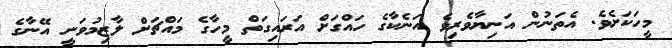
މީހަކަށެވެ. އެތަނުން އަނިޔާވެރިވެ އަނެކާގެ ހައްގަށް އަރައިގަތް މީހާގެ މައްޗަށް ލާޒިމުވަނީ އޭނާގެ